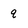
Character: q